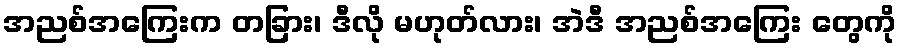
အညစ်အကြေးက တခြား၊ ဒီလို မဟုတ်လား၊ အဲဒီ အညစ်အကြေး တွေကို